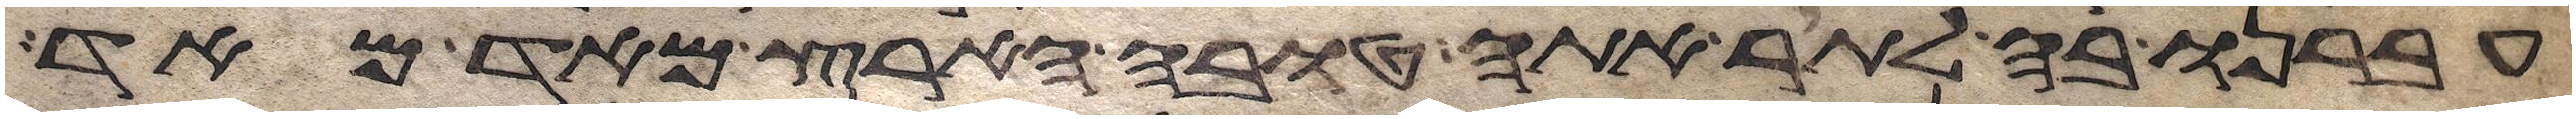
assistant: עברנו בה לתור אתה טובה הארץ מאד מאד